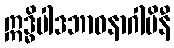
ဣဒ္ဓိပါဒဘာဝနာဂါမိနီ